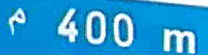
400 m